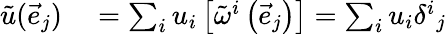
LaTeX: \begin{array}{rl}{{\tilde{u}}({\vec{e}}_{j})}&{{}=\sum_{i}u_{i}\left[{\tilde{\omega}}^{i}\left({\vec{e}}_{j}\right)\right]=\sum_{i}u_{i}{\delta^{i}}_{j}}\end{array}